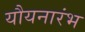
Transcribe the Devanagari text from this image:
यौयनारंभ